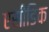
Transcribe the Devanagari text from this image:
एसीडिक